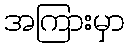
အကြားမှာ